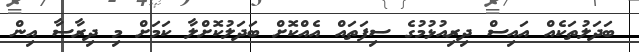
ބަދަލުތަކެއް އައިސް ދިރިއުޅުމުގެ ސިފަތައް އެއްކޮށް ބަދަލުކޮށްލާ ކަމަށް މި ދިރާސާ އިން